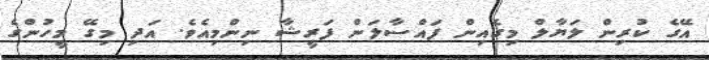
އޭގެ ކުރިން ލަޔާލް މިގެއިން ފައްސާލަން ފަރީޝާ ނިންމިއެވެ. އަދި މިގޭ މީހުންގެ